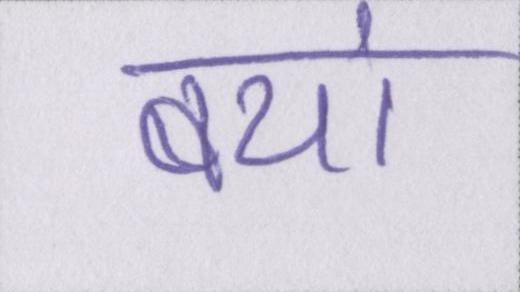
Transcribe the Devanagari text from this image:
बयां